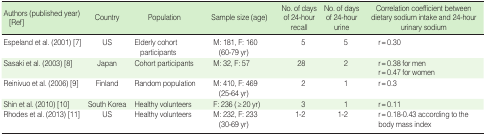
| Authors (published year) [Ref] | Country | Population | Sample size (age) | No. of days of 24-hour recall | No. of days of 24-hour urine | Correlation coefficient between dietary sodium intake and 24-hour urinary sodium |
 | --- | --- | --- | --- | --- | --- | --- |
 | Espeland et al. (2001) [7] | US | Elderly cohort participants | M: 181, F: 160 (60-79 yr) | 5 | 5 | r = 0.30 |
 | <ROWSPAN=2> Sasaki et al. (2003) [8] | <ROWSPAN=2> Japan | <ROWSPAN=2> Cohort participants | <ROWSPAN=2> M: 32, F: 57 | <ROWSPAN=2> 28 | <ROWSPAN=2> 2 | r = 0.38 for men |
 | r=0.47 for women |
 | Reinivuo et al. (2006) [9] | Finland | Random population | M: 410, F: 469 (25-64 yr) | 2 | 1 | r = 0.3 |
 | Shin et al. (2010) [10] | South Korea | Healthy volunteers | F: 236 ( ≥ 20 yr) | 3 | 1 | r = 0.11 |
 | Rhodes et al. (2013) [11] | US | Healthy volunteers | M: 232, F: 233 (30-69 yr) | 1-2 | 1-2 | r = 0.18-0.43 according to the body mass index |